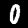
Digit: 0